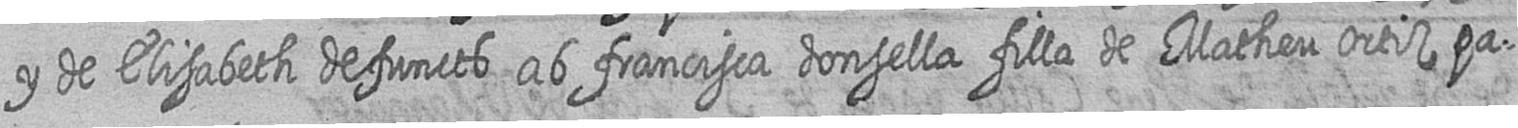
y de Elisabeth defuncts ab francisca donsella filla de Matheu ortiz pa=